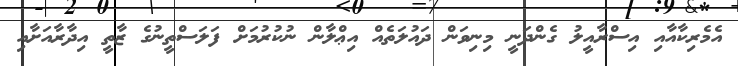
އެމެރިކާއާއި އިސްރާއީލު ގެންދަނީ މިނިވަން ދައުލަތެއް އިޢްލާން ނުކުރުމަށް ފަލަސްތީނުގެ ޒާތީ އިދާރާއަށާއި